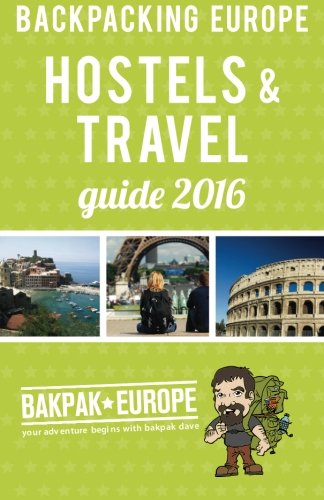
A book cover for Backpacking Europe Hostels & Travel Guide 2016; David Barish; Travel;